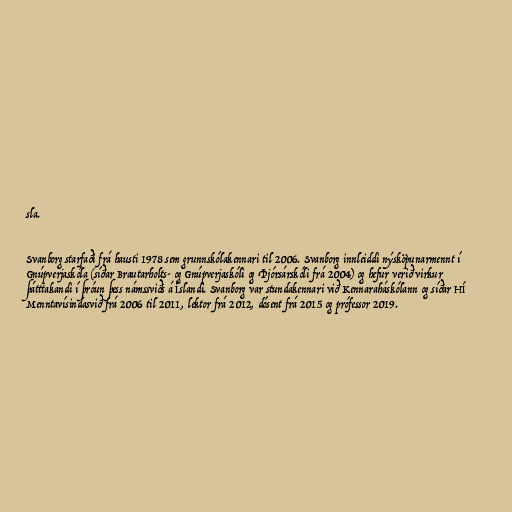
sla.

Svanborg starfaði frá hausti 1978 sem grunnskólakennari til 2006. Svanborg innleiddi nýsköpunarmennt í
Gnúpverjaskóla (síðar Brautarholts- og Gnúpverjaskóli og Þjórsárskóli frá 2004) og hefur verið virkur
þátttakandi í þróun þess námssviðs á Íslandi. Svanborg var stundakennari við Kennaraháskólann og síðar HÍ
Menntavísindasvið frá 2006 til 2011, lektor frá 2012, dósent frá 2015 og prófessor 2019.